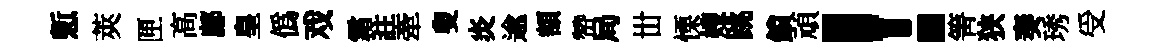
慙莢匣高鄜皇僞戏霜註牽叟炎逾額赞局丗慄嫂跳鎖頑！箐狭奏琇受